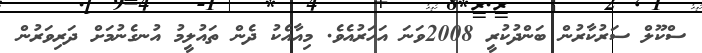
ސްކޫލް ސަރުކާރުން ބަންދުކުރީ 2008ވަނަ އަހަރުއެވެ. މިއާއެކު ދެން ތައުލީމު އުނގެނުމަށް ދަރިވަރުން